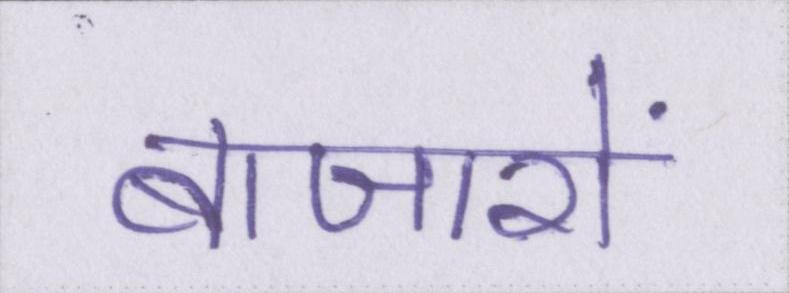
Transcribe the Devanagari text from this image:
बाजारों